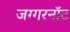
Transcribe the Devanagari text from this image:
जग्गरनॉट